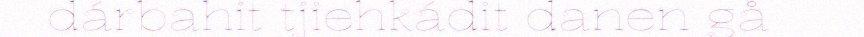
dárbahit tjiehkádit danen gå